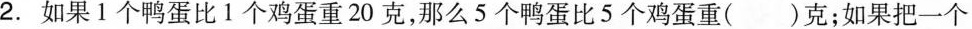
2.如果1个鸭蛋比1个鸡蛋重20克，那么5个鸭蛋比5个鸡蛋重（）克；如果把一个